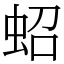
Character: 蛁